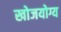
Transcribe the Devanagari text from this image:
खोजयोग्य